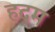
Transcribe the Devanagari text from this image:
हदम